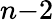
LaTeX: n{-}2